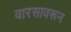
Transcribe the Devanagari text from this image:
वारसावरून